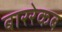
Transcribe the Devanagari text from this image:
बाररेकब